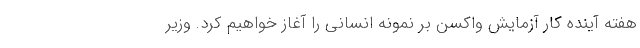
هفته آینده کار آزمایش واکسن بر نمونه انسانی را آغاز خواهیم کرد. وزیر